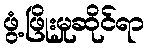
ဖွံ့ဖြိုးမှုဆိုင်ရာ